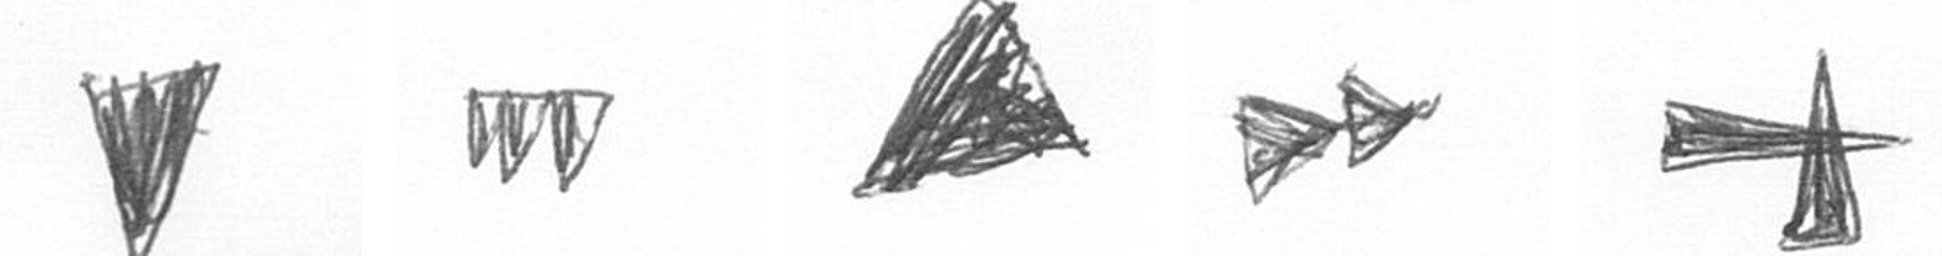
J L O A G